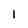
Character: 1